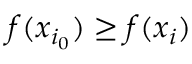
f ( x _ { i _ { 0 } } ) \geq f ( x _ { i } )